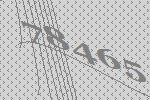
78465